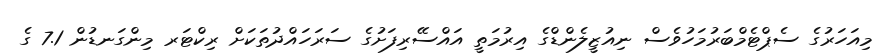
މިއަހަރުގެ ސެޕްޓެމްބަރުމަހުވެސް ނިއުޒީލެންޑްގެ އިރުމަތީ އައްސޭރިފަށުގެ ސަރަހައްދުތަކަށް ރިކްޓަރ މިންގަނޑުން 7.1 ގެ